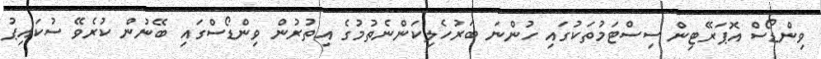
ވިންޑޯސް އޮޕަރޭޓިން ސިސްޓަމުތަކުގައި ހުންނަ ބަރުހެލިކަންނެތުމުގެ އިތުރުން ވިންޑޯސްގައި ބޭނުން ކުރެވޭ ސުކައިޕު